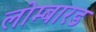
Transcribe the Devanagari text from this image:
लोम्बारड